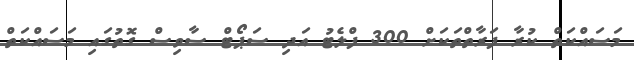
މަސައްކަތް ކުރާ ފަރާތްތަކަށް 300 ފްލެޓު އަދި ސަޕޯޓް ސާވިސް ގޮތުގައި މަސައްކަތް